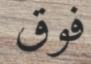
فوق